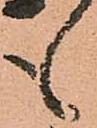
も